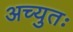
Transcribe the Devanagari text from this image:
अच्युतः